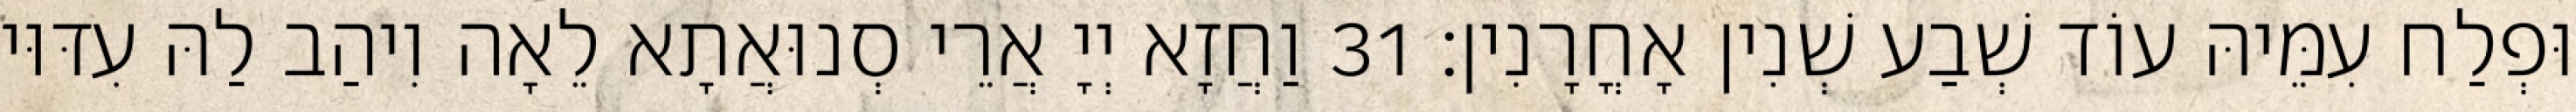
וּפְלַח עִמֵּיהּ עוֹד שְׁבַע שְׁנִין אָחֳרָנִין׃ 31 וַחֲזָא יְיָ אֲרֵי סְנוּאֲתָא לֵאָה וִיהַב לַהּ עִדּוּי